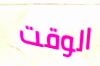
الوقت